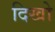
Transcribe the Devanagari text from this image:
दिखो